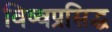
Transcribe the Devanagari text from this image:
विष्वप्रसिद्ध